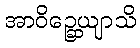
အာဝိဉ္ဆေယျာသိ